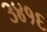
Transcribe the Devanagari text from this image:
३४१६